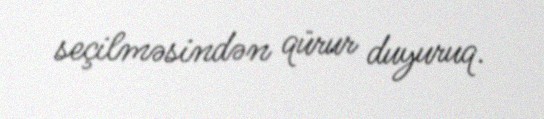
seçilməsindən qürur duyuruq.